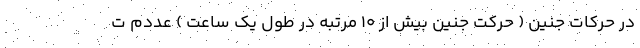
در حرکات جنین ( حرکت جنین بیش از 10 مرتبه در طول یک ساعت ) عددم ت